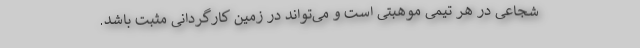
شجاعی در هر تیمی موهبتی است و می‌تواند در زمین کارگردانی مثبت باشد.